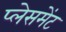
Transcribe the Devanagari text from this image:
प्‍लेसमेंट